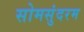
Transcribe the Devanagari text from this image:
सोमसुंदरम